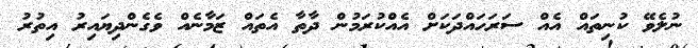
ނުލެވޭ ކުނިތައް އެއް ސަރަހައްދަކަށް އެއްކުރަމުން ދާތާ އެތައް ޒަމާނެއް ވެގެންދިޔައިރު އިތުރު